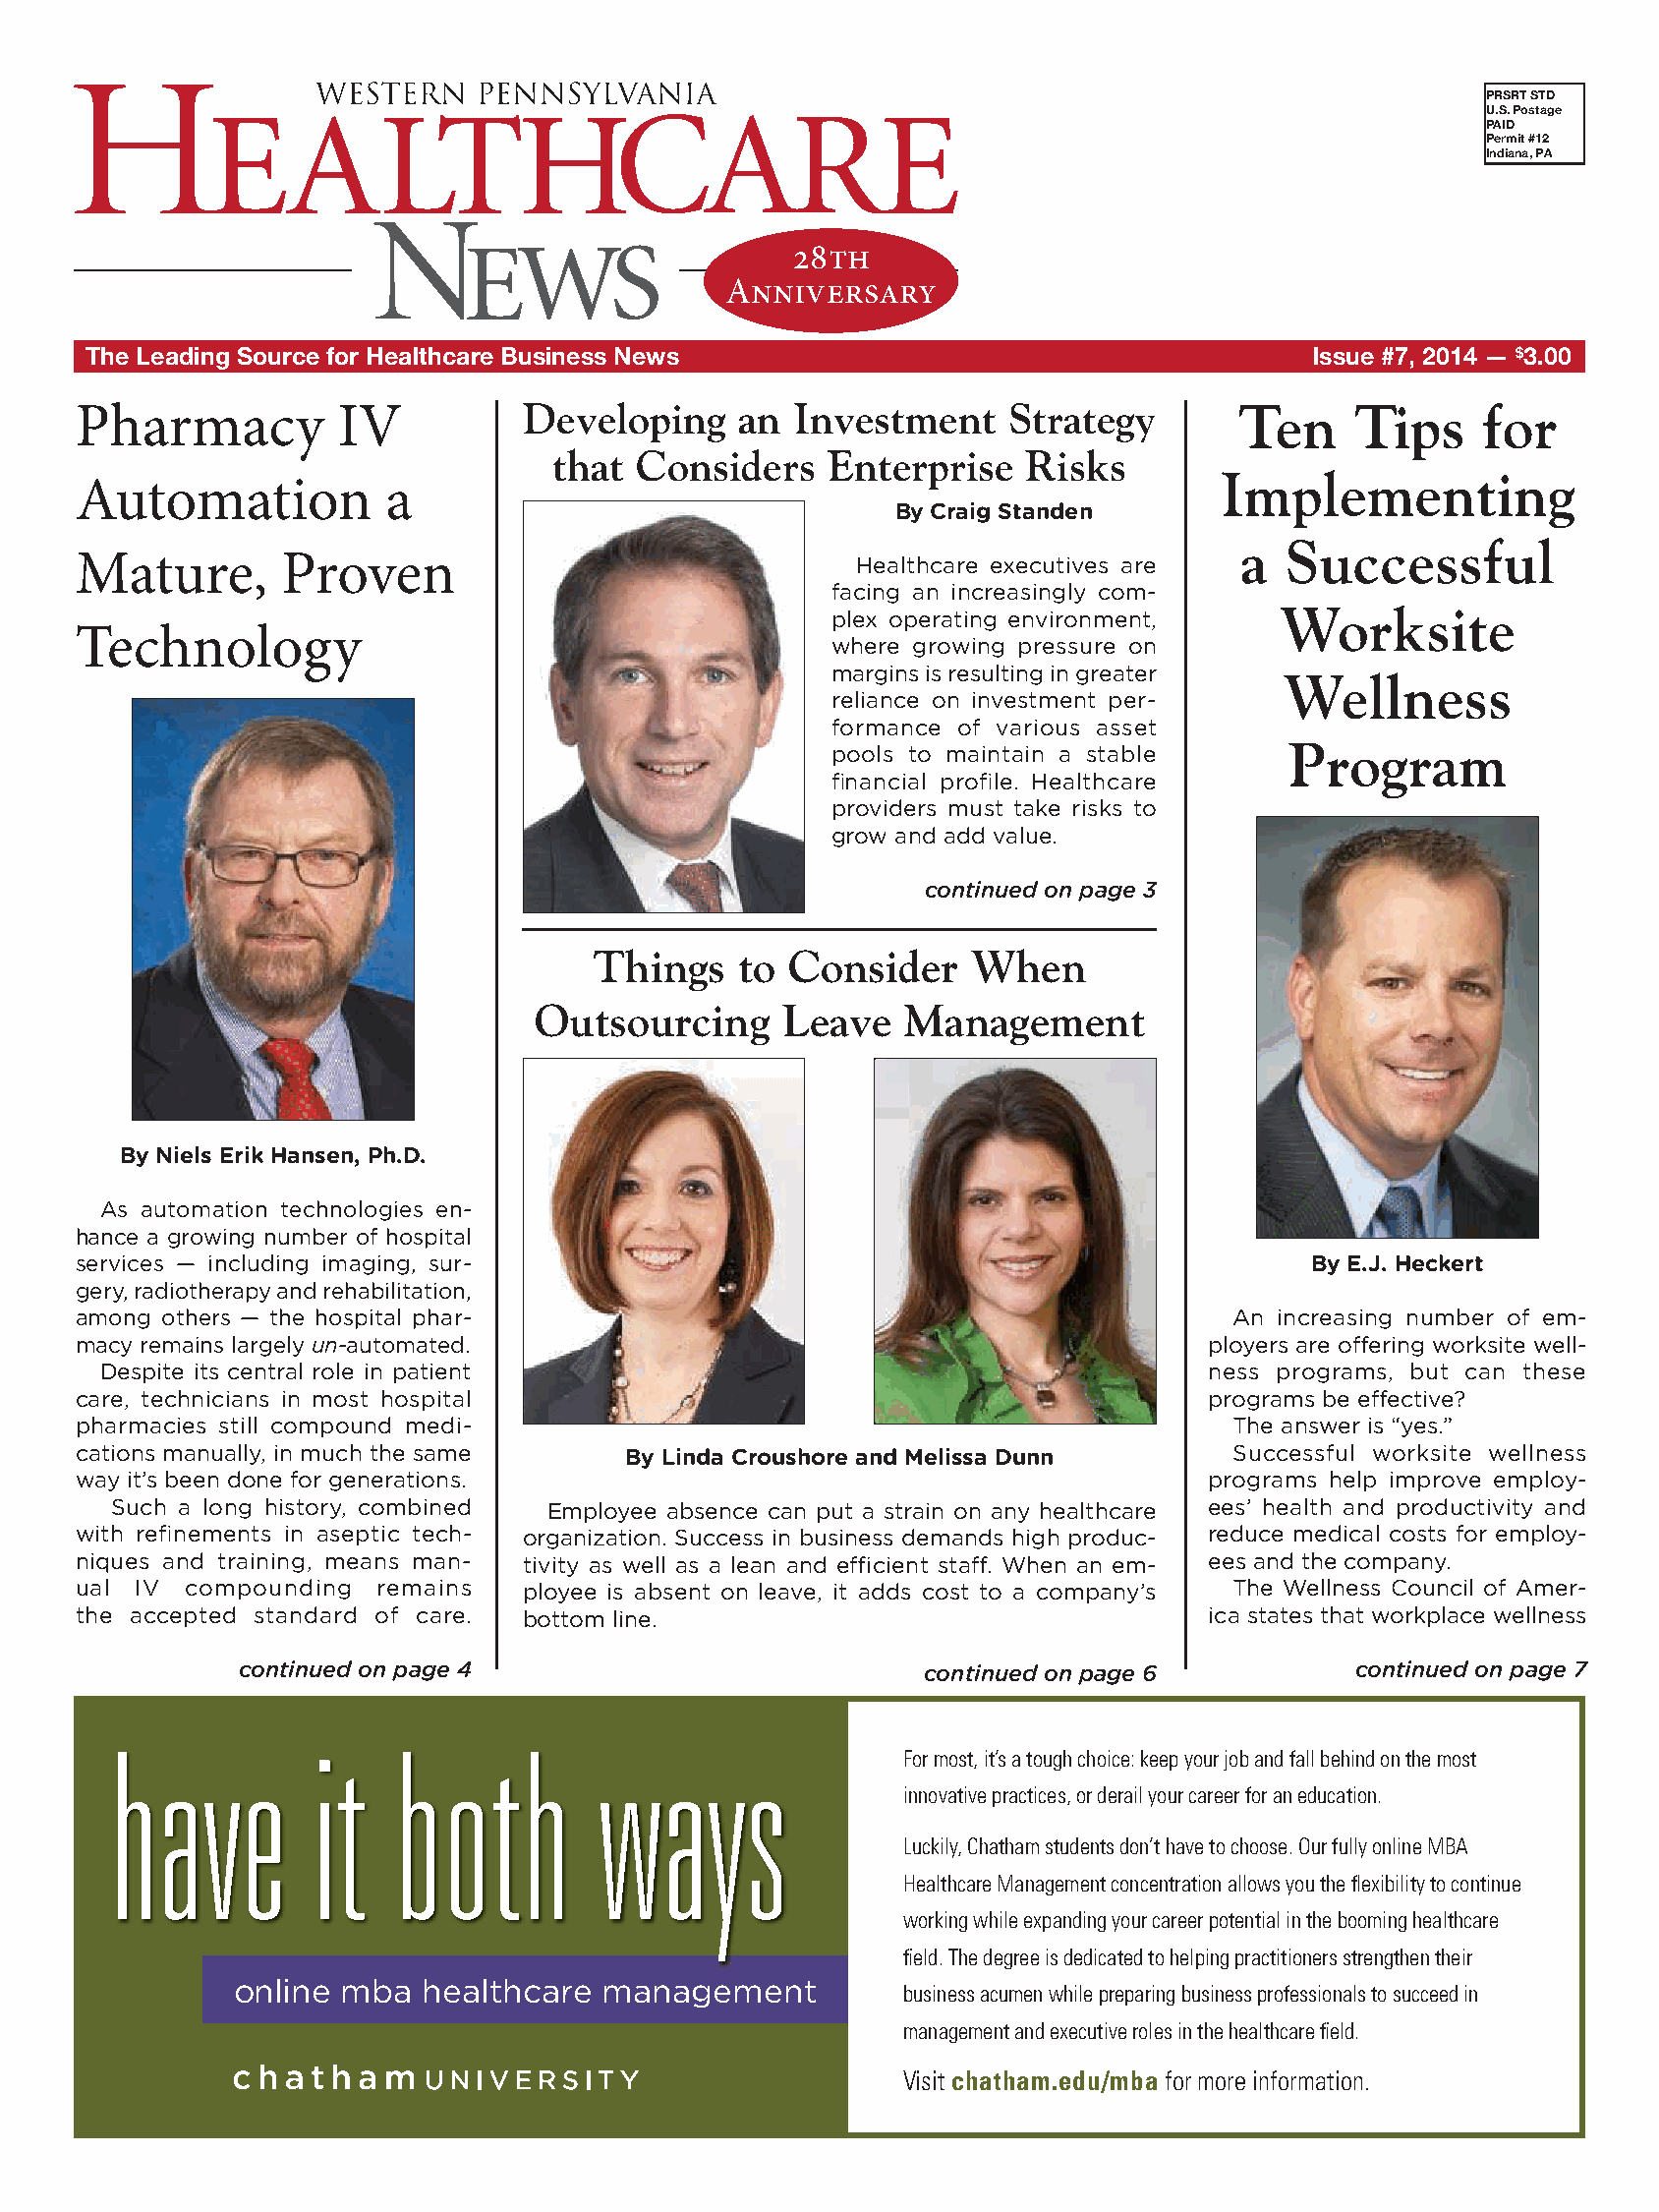
PRSRT STD
 U.S. Postage
 PAID
 Permit #12
 Indiana, PA
 th
 Anniversary
 The Leading Source for Healthcare Business News                                   Issue #7, 2014 — $3.00
 Pharmacy          IV          Developing     an Investment     Strategy       Ten     Tips     for
 that  Considers    Enterprise   Risks
 Implementing
 Automation           a
 By Craig Standen
 a  Successful
 Mature,       Proven
 Healthcare executives are
 facing an increasingly com-
 Worksite
 plex operating environment,
 Technology
 where growing pressure on
 margins is resulting in greater
 Wellness
 reliance on investment per-
 formance of various asset
 Program
 pools to maintain a stable
 fi nancial profi le. Healthcare
 providers must take risks to
 grow and add value.
 continued on page 3
 Things    to Consider    When
 Outsourcing      Leave   Management
 By Niels Erik Hansen, Ph.D.
 As automation technologies en-
 hance a growing number of hospital
 services — including imaging, sur-                                                 By E.J. Heckert
 gery, radiotherapy and rehabilitation,
 among others — the hospital phar-                                             An increasing number of em-
 macy remains largely un-automated.                                          ployers are off ering worksite well-
 Despite its central role in patient                                       ness programs, but can these
 care, technicians in most hospital                                          programs be eff ective?
 pharmacies still compound medi-                                               The answer is “yes.”
 cations manually, in much the same   By Linda Croushore and Melissa Dunn      Successful worksite wellness
 way it’s been done for generations.                                         programs help improve employ-
 Such a long history, combined Employee absence can put a strain on any healthcare ees’ health and productivity and
 with refi nements in aseptic tech- organization. Success in business demands high produc- reduce medical costs for employ-
 niques and training, means man- tivity as well as a lean and effi cient staff . When an em- ees and the company.
 ual IV compounding  remains   ployee is absent on leave, it adds cost to a company’s The Wellness Council of Amer-
 the accepted standard of care. bottom line.                                 ica states that workplace wellness
 continued on page 4                           continued on page 6          continued on page 7
 have          it    both         ways
 For most, it’s a tough choice: keep your job and fall behind on the most
 innovative practices, or derail your career for an education.
 Luckily, Chatham students don’t have to choose. Our fully online MBA
 Healthcare Management concentration allows you the flexibility to continue
 working while expanding your career potential in the booming healthcare
 field. The degree is dedicated to helping practitioners strengthen their
 online mba  healthcare   management
 business acumen while preparing business professionals to succeed in
 management and executive roles in the healthcare field.
 Visit chatham.edu/mba for more information.